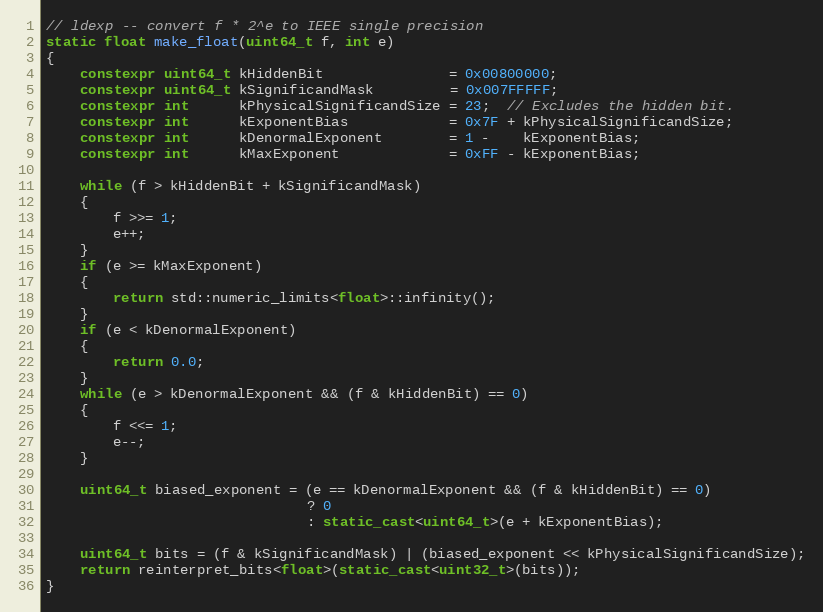
Language: C++
// ldexp -- convert f * 2^e to IEEE single precision
static float make_float(uint64_t f, int e)
{
    constexpr uint64_t kHiddenBit               = 0x00800000;
    constexpr uint64_t kSignificandMask         = 0x007FFFFF;
    constexpr int      kPhysicalSignificandSize = 23;  // Excludes the hidden bit.
    constexpr int      kExponentBias            = 0x7F + kPhysicalSignificandSize;
    constexpr int      kDenormalExponent        = 1 -    kExponentBias;
    constexpr int      kMaxExponent             = 0xFF - kExponentBias;

    while (f > kHiddenBit + kSignificandMask)
    {
        f >>= 1;
        e++;
    }
    if (e >= kMaxExponent)
    {
        return std::numeric_limits<float>::infinity();
    }
    if (e < kDenormalExponent)
    {
        return 0.0;
    }
    while (e > kDenormalExponent && (f & kHiddenBit) == 0)
    {
        f <<= 1;
        e--;
    }

    uint64_t biased_exponent = (e == kDenormalExponent && (f & kHiddenBit) == 0)
                               ? 0
                               : static_cast<uint64_t>(e + kExponentBias);

    uint64_t bits = (f & kSignificandMask) | (biased_exponent << kPhysicalSignificandSize);
    return reinterpret_bits<float>(static_cast<uint32_t>(bits));
}